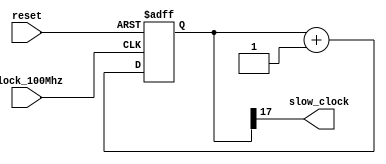
`timescale 1ns / 1ps
//////////////////////////////////////////////////////////////////////////////////
// Company: 
// Engineer: 
// 
// Design Name: 
// Module Name: display_test
// Project Name: 
// Target Devices: 
// Tool Versions: 
// Description: 
// 
// Dependencies: 
// 
// Revision:
// Revision 0.01 - File Created
// Additional Comments:
// 
//////////////////////////////////////////////////////////////////////////////////


module clock_divider(
    input clock_100Mhz, //input clock from board
    input reset, //reset input from switch
    output slow_clock //output clock 380 Hz
);


    reg [17:0] divider_counter; //counter up to 262000, roughly 380 hz clock
    
    always @(posedge clock_100Mhz or posedge reset)
    begin
        if (reset == 1)
            divider_counter = 0;
        else
            divider_counter = divider_counter + 1;
    end

    assign slow_clock = divider_counter[17]; //Output clock is based on the 18th bit of the counter, which completes one cycle for every 262000 cycles of the 100Mhz clock
    
    
endmodule